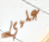
عليي